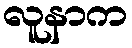
လူနာက